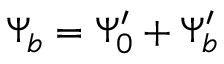
\begin{array} { r } { \Psi _ { b } = \Psi _ { 0 } ^ { \prime } + \Psi _ { b } ^ { \prime } } \end{array}